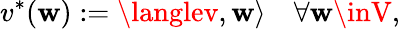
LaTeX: v^{*}(\mathbf{w}):=\langlev,\mathbf{w}\rangle\quad\forall\mathbf{w}\inV,